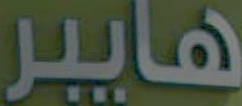
هايبر